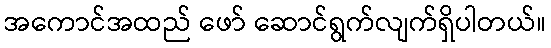
အကောင်အထည် ဖော် ဆောင်ရွက်လျက်ရှိပါတယ်။